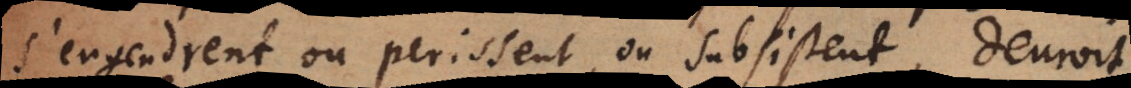
s’engendrent ou perissent, ou subsistent, devroit